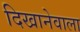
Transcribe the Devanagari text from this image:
दिखानेवाला